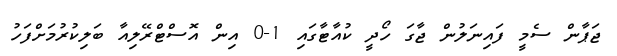
ޖަޕާން ސެމީ ފައިނަލުން ޖާގަ ހޯދީ ކުއާޓާގައި 1-0 އިން އޮސްޓްރޭލިއާ ބަލިކުރުމަށްފަހު